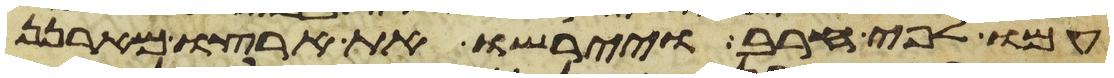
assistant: עמו לפי חרב ויירשו את ארצו מארנן